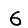
Digit: 6